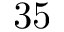
3 5